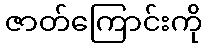
ဇာတ်ကြောင်းကို